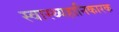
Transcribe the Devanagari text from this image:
स्वास्थ्यहानिकारक